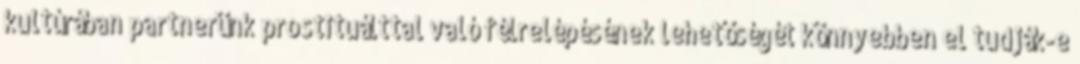
kultúrában partnerünk prostituálttal való félrelépésének lehetőségét könnyebben el tudják-e